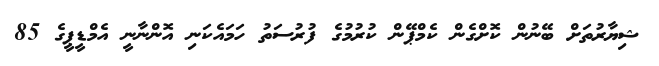
ޝިޔާރުތަށް ބޭނުން ކޮށްގެން ކެމްޕޭން ކުރުމުގެ ފުރުސަތު ހަމައެކަނި އޮންނާނީ އެމްޑީޕީގެ 85